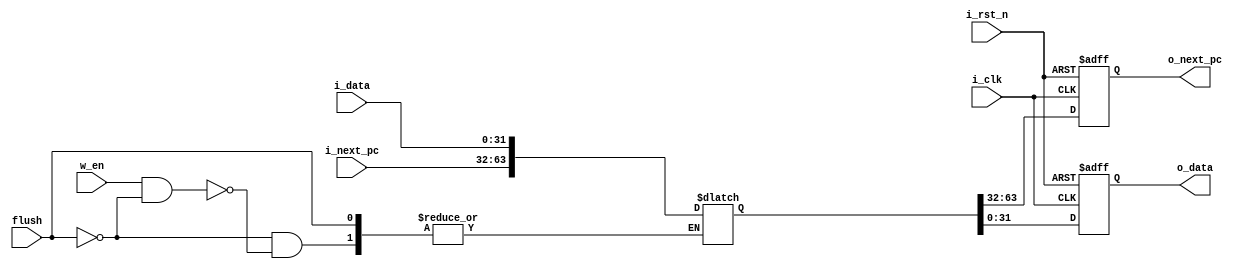
`timescale 1ns / 1ps
//////////////////////////////////////////////////////////////////////////////////
// Company: 
// Engineer: 
// 
// Design Name: 
// Module Name:    R_IF_ID 
// Project Name: 
// Target Devices: 
// Tool versions: 
// Description: 
//
// Dependencies: 
//
// Revision: 
// Revision 0.01 - File Created
// Additional Comments: 
//
//////////////////////////////////////////////////////////////////////////////////
module R_IF_ID(i_clk, i_rst_n, i_next_pc, i_data, o_next_pc, o_data, flush, w_en);
  input i_clk, i_rst_n;
  input [31:0] i_next_pc, i_data;       //input next pc, data
  output reg[31:0] o_next_pc, o_data;      //output next pc, data(instruction)
  input flush, w_en;
  
  reg [63:0] r_if_id;     //cur,next
  
  //ff
  always@(posedge i_clk or negedge i_rst_n) begin
    if(i_rst_n==1'b0)
		begin
			o_next_pc <= 32'b0;
			o_data <= 32'b0;
		end
    else
		begin
			o_next_pc <= r_if_id[63:32];
			o_data <= r_if_id[31:0];
		end
  end
  
  always@(w_en, flush, i_next_pc, i_data, o_next_pc, o_data, r_if_id)
	begin
		if(flush ==1)
			begin
				r_if_id <= r_if_id;
			end
		else if(w_en == 1 && flush == 0)
			begin
				r_if_id <= {i_next_pc,i_data}; 
			end
		else
			begin
				r_if_id <= r_if_id;
			end
	end
  
  //output 
//  assign o_next_pc = r_if_id[63:32];   
//  assign o_data = r_if_id[31:0];
  
endmodule